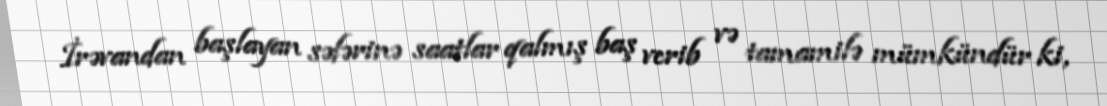
İrəvandan başlayan səfərinə saatlar qalmış baş verib və tamamilə mümkündür ki,